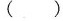
()